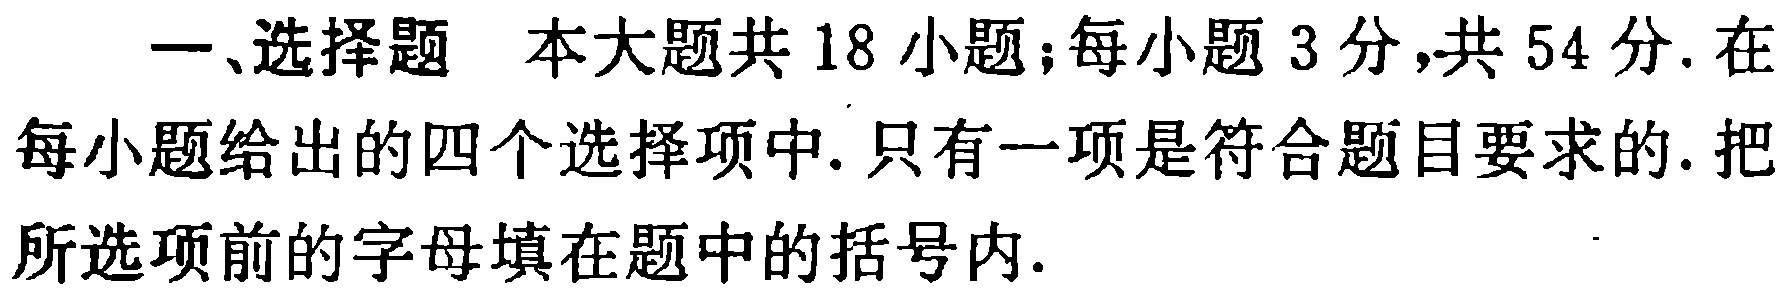
一、选择题 本大题共18小题；每小题3分，共54分. 在每小题给出的四个选择项中. 只有一项是符合题目要求的. 把所选项前的字母填在题中的括号内.